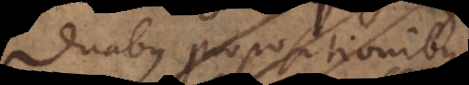
duabus propositionibus,